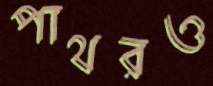
পাথরও